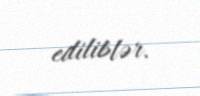
ediliblər.